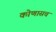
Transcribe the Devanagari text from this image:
कोणासच